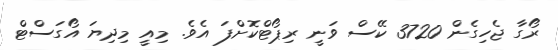
ރޯގާ ޖެހިގެން 3720 ކޭސް ވަނީ ރިޕޯޓްކޮށްފަ އެވެ. މިއީ މިދިޔަ އޯގަސްޓް